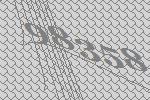
98358